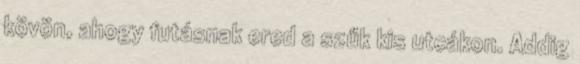
kövön, ahogy futásnak ered a szűk kis utcákon. Addig